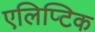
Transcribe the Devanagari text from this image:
एलिप्टिक